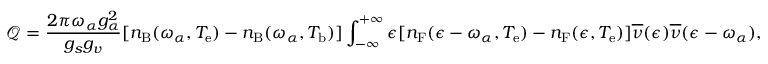
\mathcal { Q } = \frac { 2 \pi \omega _ { \alpha } g _ { \alpha } ^ { 2 } } { g _ { s } g _ { v } } [ n _ { \mathrm { B } } ( \omega _ { \alpha } , T _ { \mathrm { e } } ) - n _ { \mathrm { B } } ( \omega _ { \alpha } , T _ { \mathrm { b } } ) ] \int _ { - \infty } ^ { + \infty } \d \epsilon [ n _ { \mathrm { F } } ( \epsilon - \omega _ { \alpha } , T _ { \mathrm { e } } ) - n _ { \mathrm { F } } ( \epsilon , T _ { \mathrm { e } } ) ] \overline { { \nu } } ( \epsilon ) \overline { { \nu } } ( \epsilon - \omega _ { \alpha } ) ,